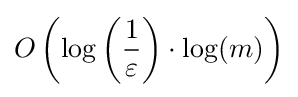
O\left(\log \left({\dfrac {1}{\varepsilon }}\right)\cdot \log(m)\right)